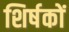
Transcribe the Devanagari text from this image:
शिर्षकों